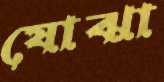
যোঝা